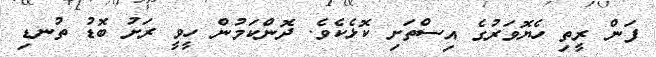
ފަން ރީތި ހެޔޮވަރުގެ އިސްތަށި ކޮޅެކެވެ. ދޮންކަމުން ހީވީ ރަށު ބޮޑު ތުނޑި